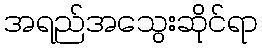
အရည်အသွေးဆိုင်ရာ